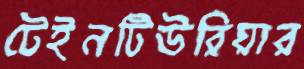
টেইনটিউরিয়ার